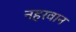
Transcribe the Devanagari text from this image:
नहरवान